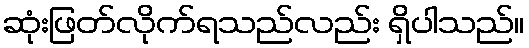
ဆုံးဖြတ်လိုက်ရသည်လည်း ရှိပါသည်။